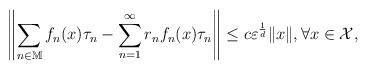
LaTeX: \begin{align*}\left\| \sum_{n\in \mathbb{M}}f_n(x)\tau_n-\sum_{n=1}^{\infty}r_nf_n(x)\tau_n\right\|\leq c \varepsilon^\frac{1}{d}\|x\|, \forall x \in \mathcal{X},\end{align*}